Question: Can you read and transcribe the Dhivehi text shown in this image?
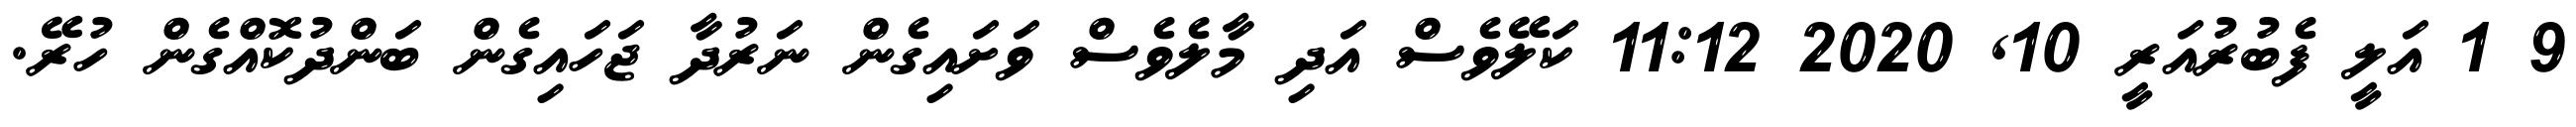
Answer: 9 1 އަލީ ފެބުރުއަރީ 10, 2020 11:12 ކަލޭވެސް އަދި މާލެވެސް ވަށައިގެން ނަރުދާ ޖަހައިގެން ބަންދުކޮއްގެން ހުރޭ.